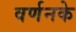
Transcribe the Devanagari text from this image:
वर्णनके